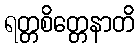
ရတ္တစိတ္တေနာတိ